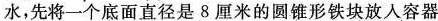
水，先将一个底面直径是8厘米的圆锥形铁块放入容器